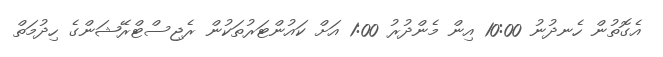
އެގޮތުން ހެނދުނު 10:00 އިން މެންދުރު 1:00 އަށް ކައުންޓަރުތަކުން ރެޖިސްޓްރޭޝަންގެ ހިދުމަތް